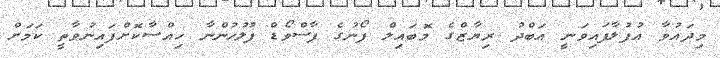
މިދައުވާ އުފުލާފައިވަނީ އަބްދު ރިޔާޒްގެ މޮބައިލް ފޯނުގެ ޕާސްވޯޑް ފުލުހުންނާ ހިއްސާކޮށްފައިނުވާތީ ކަމަށް